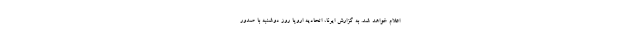
اعلام خواهد شد. به گزارش ایرنا، اتحادیه اروپا روز دوشنبه با صدور